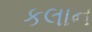
કલાન